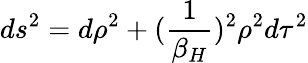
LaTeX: ds^{2}=d\rho^{2}+({\frac{1}{\beta_{H}}})^{2}\rho^{2}d\tau^{2}